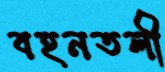
বহনতলী